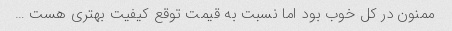
ممنون در کل خوب بود اما نسبت به قیمت توقع کیفیت بهتری هست …